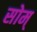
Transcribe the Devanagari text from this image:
सोम्